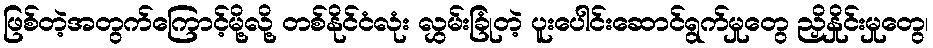
ဖြစ်တဲ့အတွက်ကြောင့်မို့လို့ တစ်နိုင်ငံလုံး လွှမ်းခြုံတဲ့ ပူးပေါင်းဆောင်ရွက်မှုတွေ ညှိနှိုင်းမှုတွေ၊